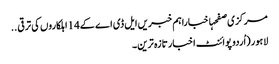
مرکزی صفحہاخباراہم خبریں ایل ڈی اے کے14اہلکاروں کی ترقی ..
لاہور (اُردو پوائنٹ اخبار تازہ ترین۔